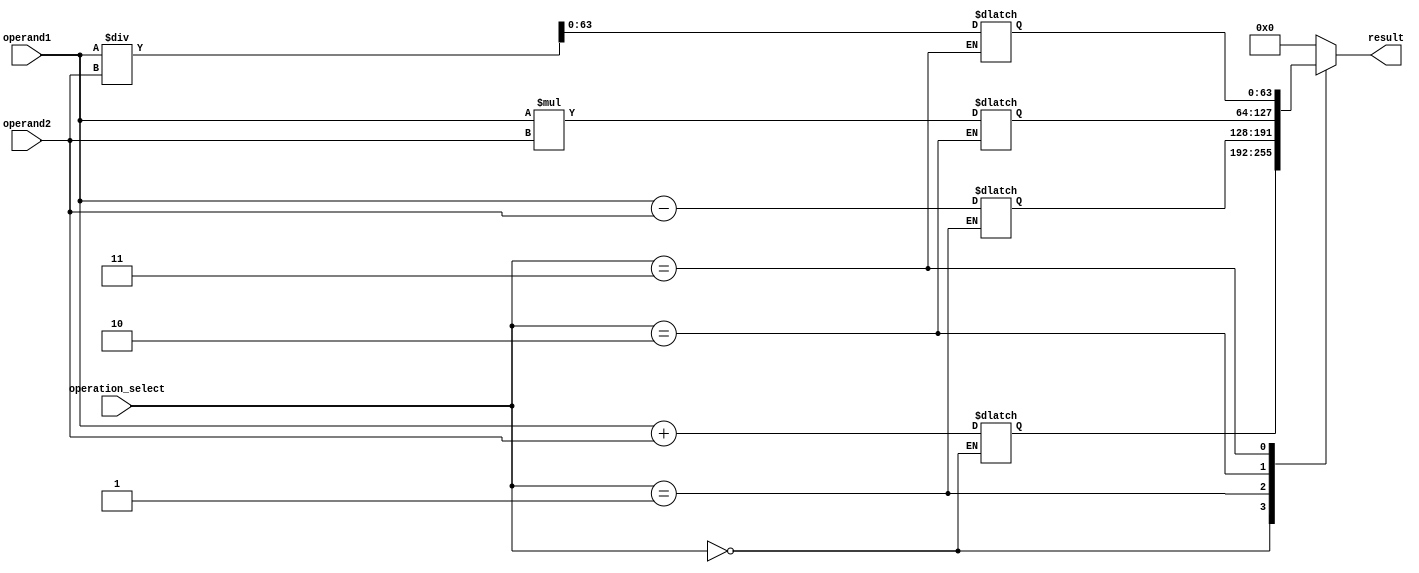
module extended_precision_fpu (
    input wire [63:0] operand1,
    input wire [63:0] operand2,
    input wire [2:0] operation_select,
    output reg [63:0] result
);

// Adder block
reg [64:0] add_result;
always @(*)
begin
    if(operation_select == 3'b000)
        add_result = operand1 + operand2;
end

// Subtractor block
reg [64:0] sub_result;
always @(*)
begin
    if(operation_select == 3'b001)
        sub_result = operand1 - operand2;
end

// Multiplier block
reg [127:0] mult_result;
always @(*)
begin
    if(operation_select == 3'b010)
        mult_result = operand1 * operand2;
end

// Divider block
reg [127:0] div_result;
always @(*)
begin
    if(operation_select == 3'b011)
        div_result = operand1 / operand2;
end

// Control logic
always @(*)
begin
    case(operation_select)
        3'b000: result = add_result[63:0];
        3'b001: result = sub_result[63:0];
        3'b010: result = mult_result[63:0];
        3'b011: result = div_result[63:0];
        default: result = 64'b0;
    endcase
end

endmodule